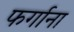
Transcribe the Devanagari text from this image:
फर्गाना